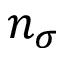
n _ { \sigma }